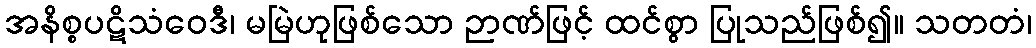
အနိစ္စပဋိသံဝေဒီ၊ မမြဲဟုဖြစ်သော ဉာဏ်ဖြင့် ထင်စွာ ပြုသည်ဖြစ်၍။ သတတံ၊